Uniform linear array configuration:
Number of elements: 48
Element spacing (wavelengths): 0.5
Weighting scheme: exponential
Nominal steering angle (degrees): -15
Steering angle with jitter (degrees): -16.277
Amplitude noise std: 0.05
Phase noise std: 0.05

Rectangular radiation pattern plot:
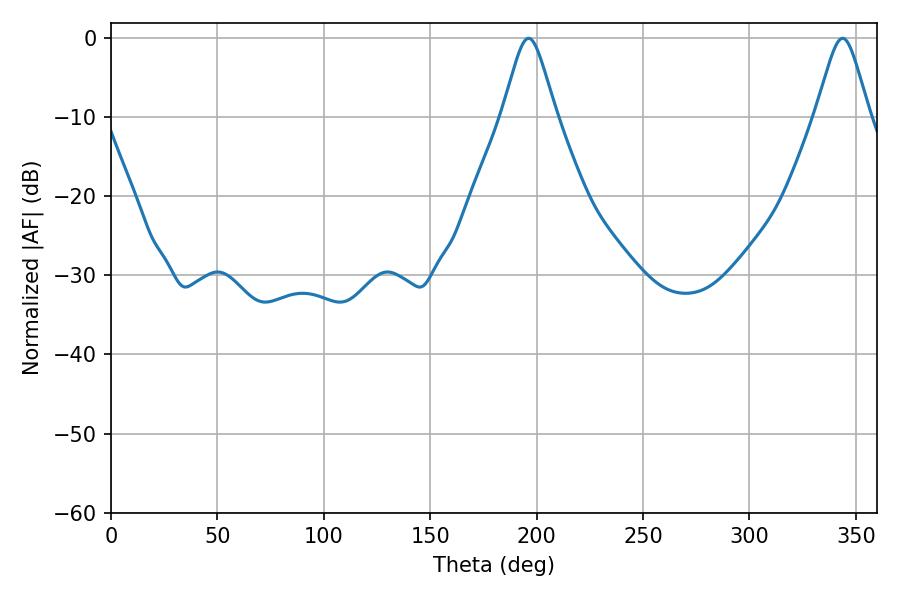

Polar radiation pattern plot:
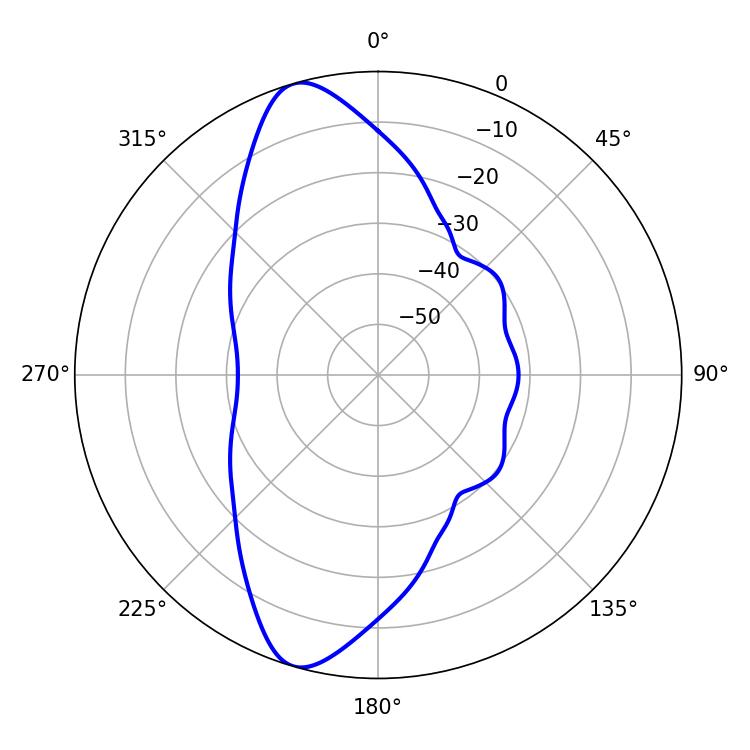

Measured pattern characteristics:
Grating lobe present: FALSE
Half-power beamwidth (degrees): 12.06
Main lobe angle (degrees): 343.8